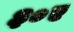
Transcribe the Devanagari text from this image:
३०ए